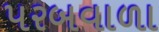
પરબવાળા